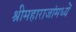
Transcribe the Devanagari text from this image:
श्रीमहाराजांमध्यें